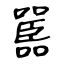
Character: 嚚